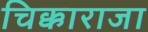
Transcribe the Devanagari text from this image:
चिक्काराजा